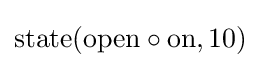
\mathrm {state} (\mathrm {open} \circ \mathrm {on} ,10)